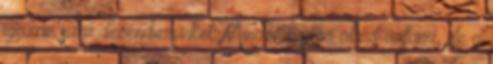
igazán sűrű decemberünket. Minden napra akad valami, de a